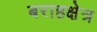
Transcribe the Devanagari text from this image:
बराहक्षेत्र